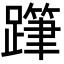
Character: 𨅗